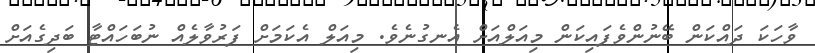
ވާހަކަ ދައްކަން ބޭނުންވެފައިކަން މިއަލްއަށް އެނގުނެވެ. މިއަލް އެކަމަށް ފަރުވާލެއް ނުބަހައްޓާ ބަދިގެއަށް